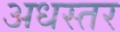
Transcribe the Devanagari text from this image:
अधस्तर